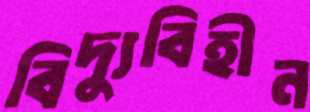
বিদ্যুবিহীন